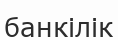
банкілік